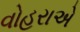
વોહરાએ